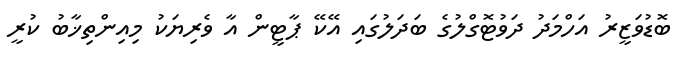
ބޮޑުވަޒީރު އަހްމަދު ދަވުޓޮގްލުގެ ބަދަލުގައި އޭކޭ ޕާޓީން އާ ވެރިޔަކު މިއިންތިޚާބު ކުރީ